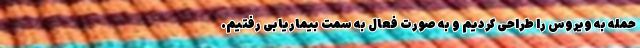
حمله به ویروس را طراحی کردیم و به صورت فعال به سمت بیماریابی رفتیم.